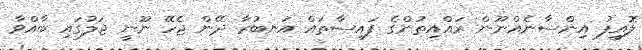
ލޮއީފު އިންސާނެއްނޫން ރައްއިތުންގެ ފައިސާތައް އަނބުރާ ދޭން ޖެހޭ ނޫނީ ޖަލުގައި ބާއްވާ